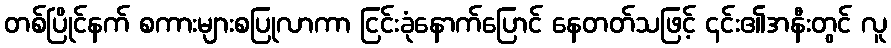
တစ်ပြိုင်နက် စကားများစပြုလာကာ ငြင်းခုံနောက်ပြောင် နေတတ်သဖြင့် ၎င်း၏အနီးတွင် လူ